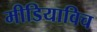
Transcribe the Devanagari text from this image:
मीडियाविच